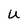
Character: U